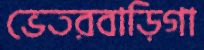
ভেতরবাড়িগা